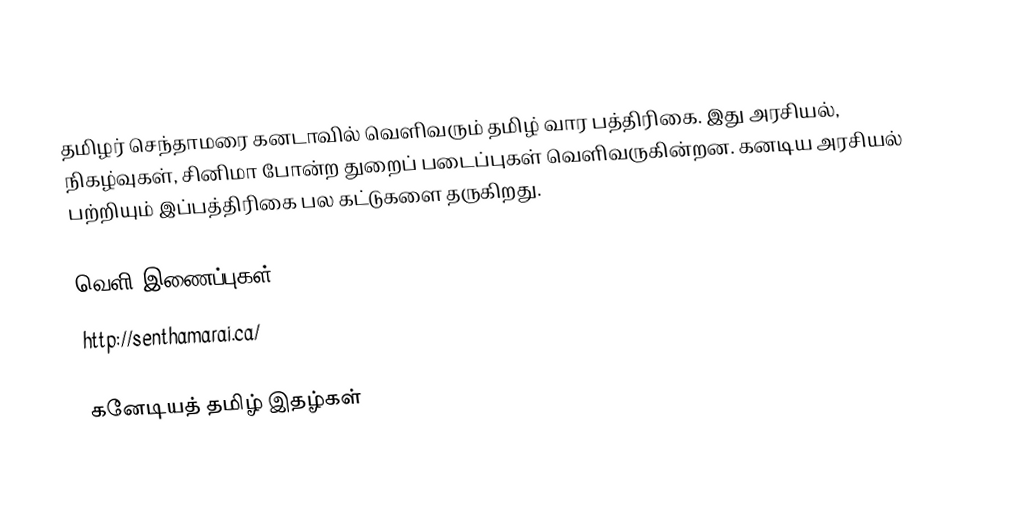
தமிழர் செந்தாமரை கனடாவில் வெளிவரும் தமிழ் வார பத்திரிகை. இது அரசியல், நிகழ்வுகள், சினிமா போன்ற துறைப் படைப்புகள் வெளிவருகின்றன. கனடிய அரசியல் பற்றியும் இப்பத்திரிகை பல கட்டுகளை தருகிறது.

வெளி இணைப்புகள்
 http://senthamarai.ca/

கனேடியத் தமிழ் இதழ்கள்